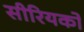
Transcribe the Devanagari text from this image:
सीरियकों